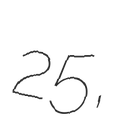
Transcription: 25,